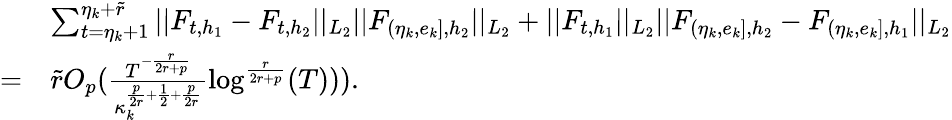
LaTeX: \begin{array}{rl}&{\sum_{t=\eta_{k}+1}^{\eta_{k}+\widetilde{r}}\vert\vert F_{t,h_{1}}-F_{t,h_{2}}\vert\vert_{L_{2}}\vert\vert F_{(\eta_{k},e_{k}],{h_{2}}}\vert\vert_{L_{2}}+\vert\vert F_{t,h_{1}}\vert\vert_{L_{2}}\vert\vert F_{(\eta_{k},e_{k}],{h_{2}}}-F_{(\eta_{k},e_{k}],{h_{1}}}\vert\vert_{L_{2}}}\\ {=}&{\widetilde{r}O_{p}(\frac{T^{-\frac{r}{2r+p}}}{\kappa_{k}^{\frac{p}{2r}+\frac{1}{2}+\frac{p}{2r}}}\log^{\frac{r}{2r+p}}(T))).}\end{array}